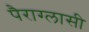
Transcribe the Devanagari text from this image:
पैराग्लासी